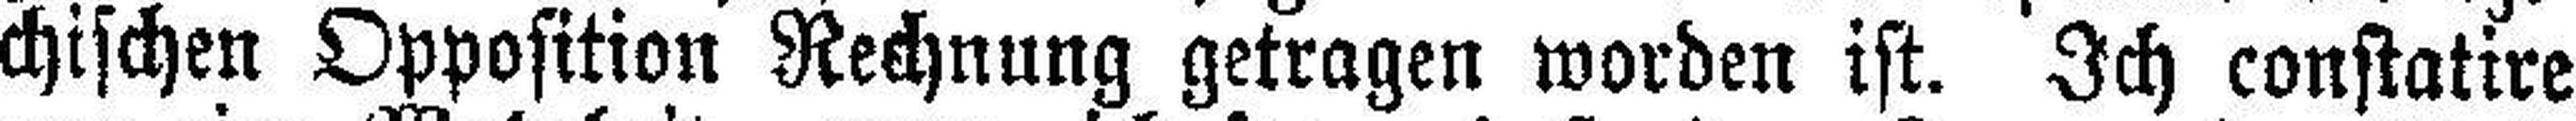
chischen Opposition Rechnung getragen worden ist. Ich constatire